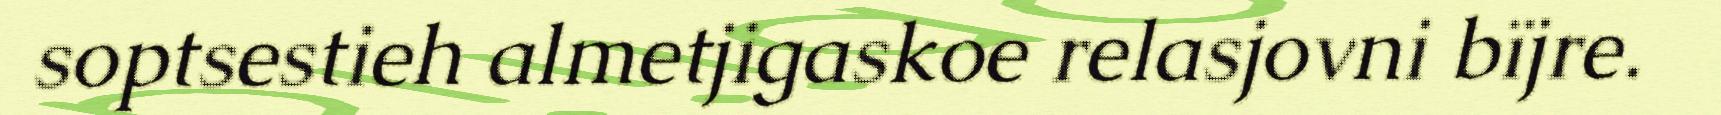
soptsestieh almetjigaskoe relasjovni bïjre.